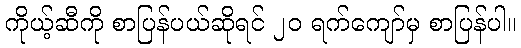
ကိုယ့်ဆီကို စာပြန်ပယ်ဆိုရင် ၂၀ ရက်ကျော်မှ စာပြန်ပါ။